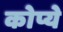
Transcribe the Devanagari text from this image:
कोप्ये